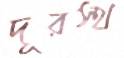
দূরস্থ